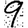
Digit: 9